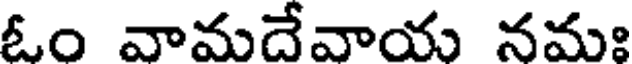
ఓం వామదేవాయ నమః